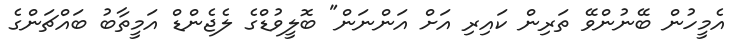
އެމީހުން ބޭނުންވޭ ތަރިން ކައިރި އަށް އަންނަން" ބޮލީވުޑްގެ ލެޖެންޑް އަމީތާބު ބައްޗަންގެ